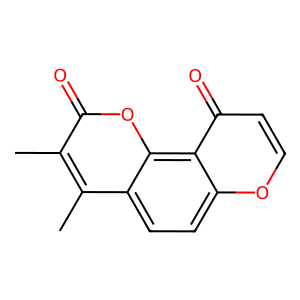
SMILES: Cc1c(C)c2ccc3occc(=O)c3c2oc1=O
Inhibits HIV replication: No